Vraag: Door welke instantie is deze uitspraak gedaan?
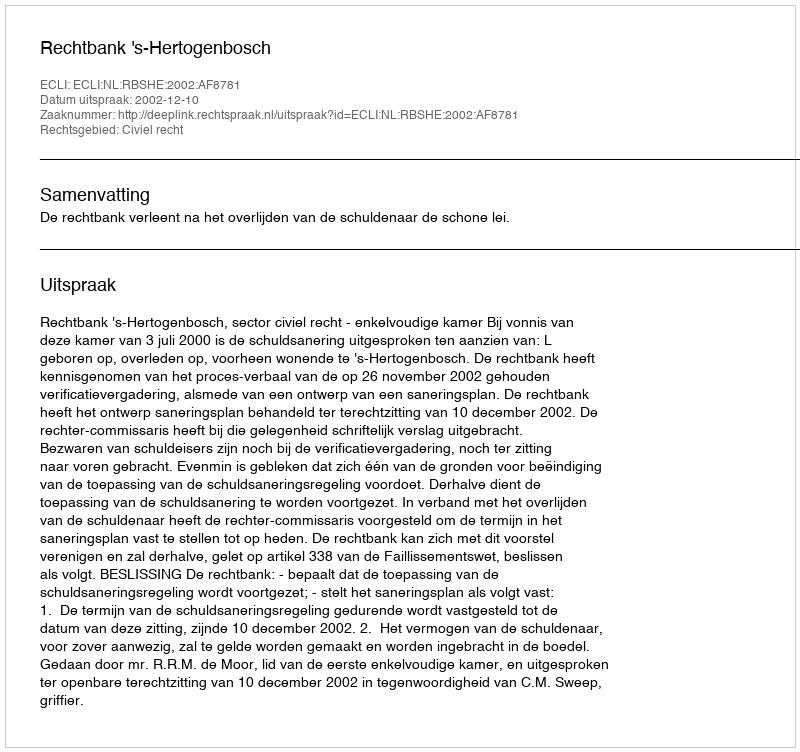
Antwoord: Rechtbank 's-Hertogenbosch